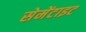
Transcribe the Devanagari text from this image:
सेमेंटाइट